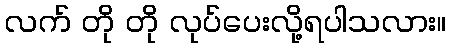
လက် တို တို လုပ်ပေးလို့ရပါသလား။